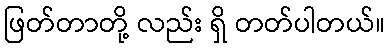
ဖြတ်တာတို့ လည်း ရှိ တတ်ပါတယ်။